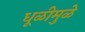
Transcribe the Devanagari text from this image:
धूळीमुळे